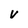
Character: v